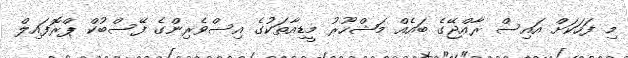
މި ފަހަކަށް އައިސް ރާއްޖޭގެ ބައެއް މަޝްހޫރު މީޑިއާތަކުގެ އިސްވެރިންގެ ފޭސްބުކް ޕްރޮފައިލް